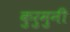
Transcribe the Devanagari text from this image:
कुरुमुनी